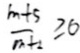
\frac { m + 5 } { m + 2 } \geq 6